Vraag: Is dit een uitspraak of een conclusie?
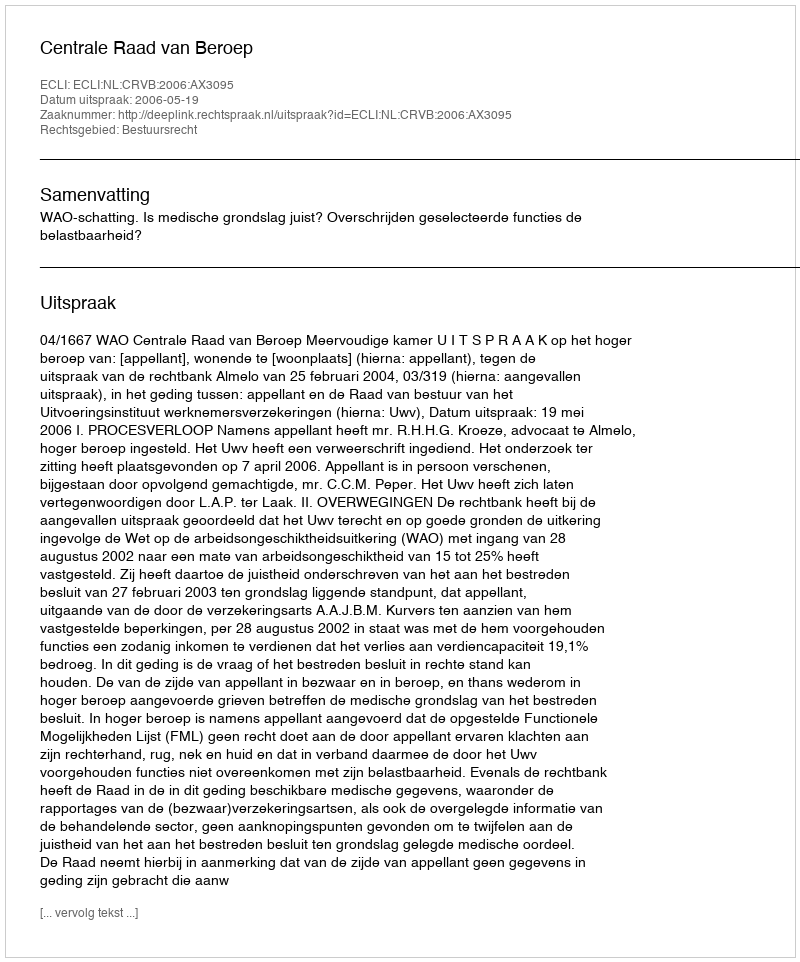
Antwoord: Uitspraak